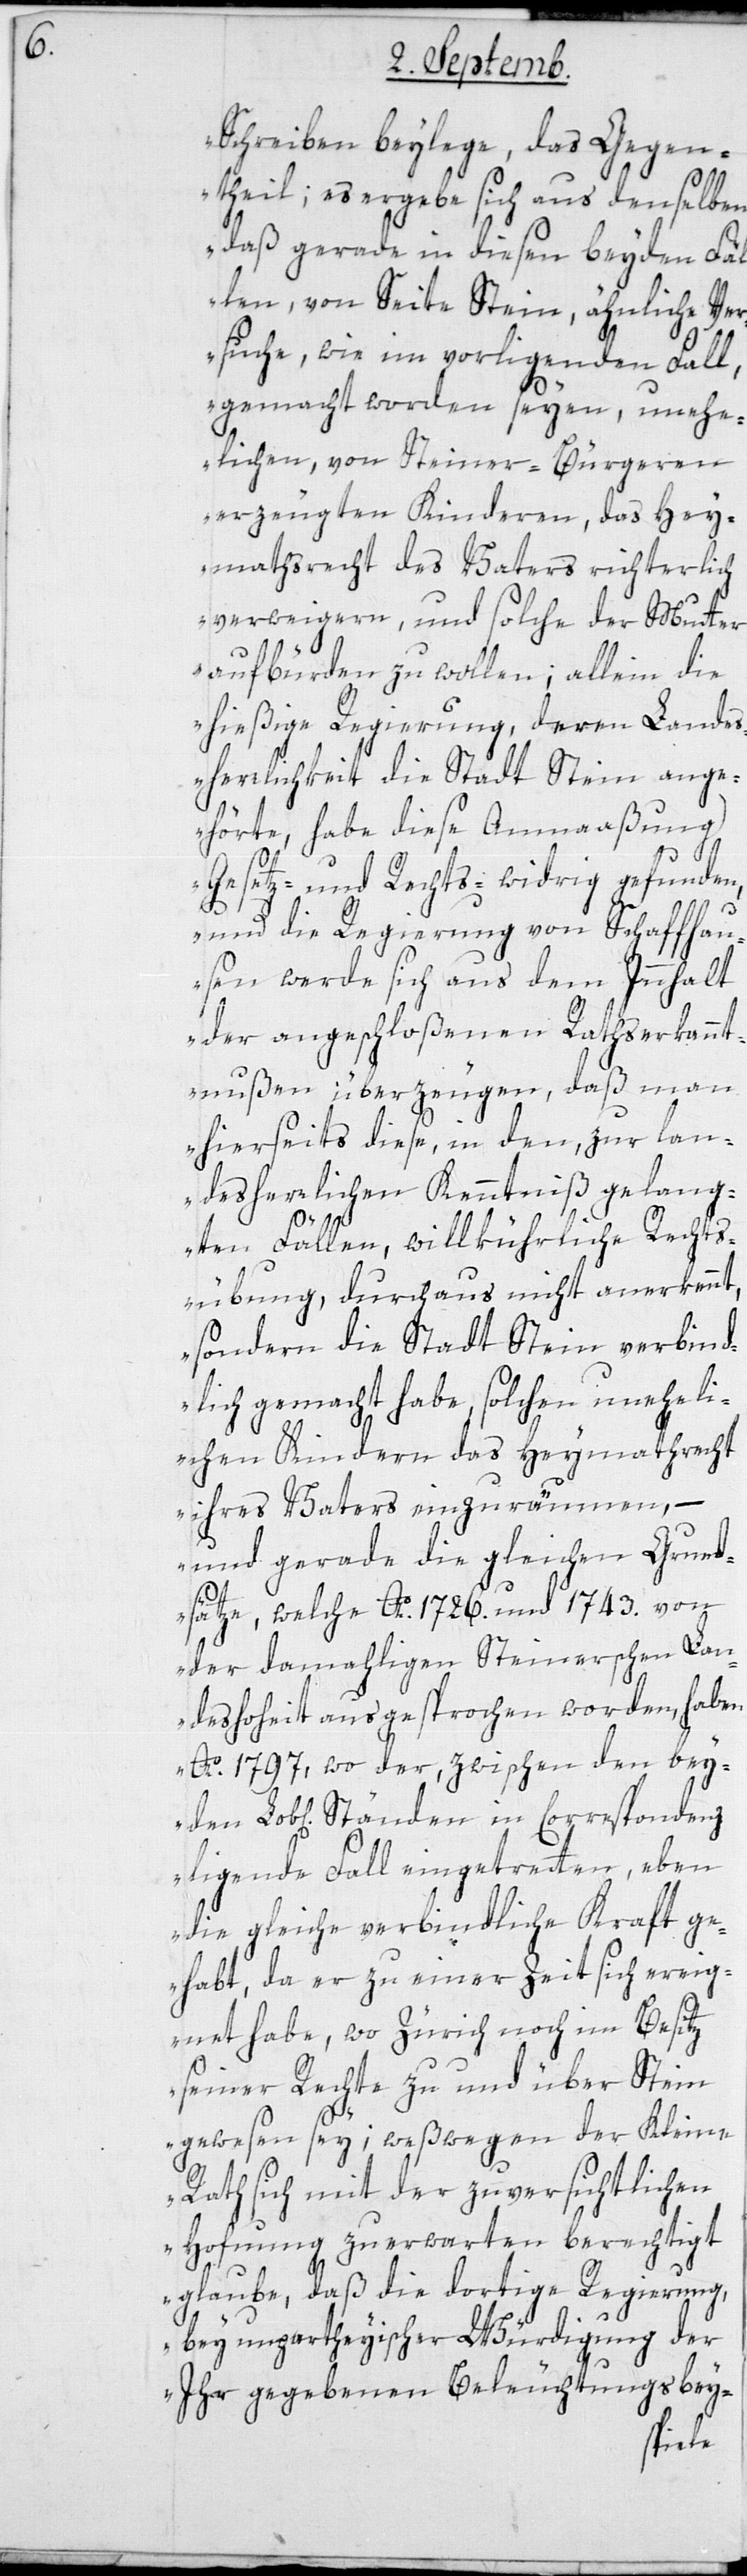
Schreiben beylege, das Gegen¬
theil; es ergebe sich aus denselben,
daß gerade in diesen beyden Fäl¬
len, von Seite Stein, ähnliche Ve¬
rsuche, wie im vorliegenden Fall
gemacht worden seyen, unehe¬
lichen, von Steiner-Bürgeren
erzeugten Kinderen, das Hey¬
mathsrecht des Vaters richterlich
verweigern, und solche der Mutter
aufbürden zu wollen; allein die
hießige Regierung, deren Landes¬
herrlichkeit die Stadt Stein ange¬
hörte, habe diese Anmaaßung
Gesetz- und Rechts-widrig gefunden,
und die Regierung von Schaffhau¬
sen werde sich aus dem Innhalt
der angeschloßenen Rathserkannt¬
nußen überzeugen, daß man
hierseits diese, in den, zur lan¬
dersherrlichen Kenntniß gelang¬
ten Fällen, willkürliche Rechts¬
übung durchaus nicht anerkennt,
sondern die Stadt Stein verbind¬
lich gemacht habe, solchen uneheli¬
chen Kindern das Heymathrecht
ihres Vaters einzuräumen, –
und gerade die gleichen Grund¬
den
sätze, welche Ao. 1726. und 1743. von
der damahligen Steinerschen Lan¬
deshoheit ausgesprochen worden, haben
Ao. 1797, wo der, zwischen den bey¬
liegende Fall eingetretten, eben
die gleiche verbindliche Kraft ge¬
habt, da er zu einer Zeit sich ereig¬
net habe, wo Zürich noch im Besitz
seiner Rechte zu und über Stein
gewesen sey; weßwegen der Kleine
Rath sich mit der zuversichtlichen
Hoffnung zu erwarten berechtigt
glaube, daß die dortige Regierung,
bei unpartheyischer Würdigung der
ihr gegebenen Beleuchtungsbey-